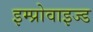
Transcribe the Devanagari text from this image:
इम्प्रोवाइज्ड